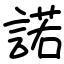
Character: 諾